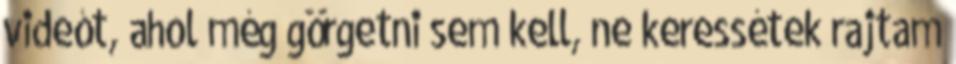
videót, ahol még görgetni sem kell, ne keressétek rajtam